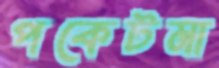
পকেটমা